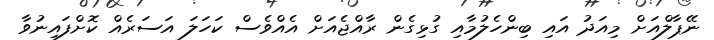
ނޭޕާލްއަށް މިއަދު އައި ބިންހެލުމާއި ގުޅިގެން ރާއްޖެއަށް އެއްވެސް ކަހަލަ އަސަރެއް ކޮށްފައިނުވާ